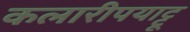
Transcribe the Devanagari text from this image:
कलारीपयाट्टू